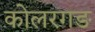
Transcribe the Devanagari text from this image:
कोलरगङ